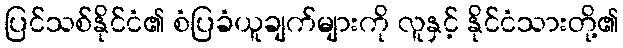
ပြင်သစ်နိုင်ငံ၏ စံပြခံယူချက်များကို လူနှင့် နိုင်ငံသားတို့၏